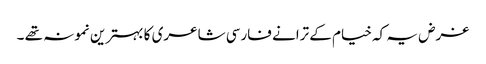
غرض یہ کہ خیام کے ترانے فارسی شاعری کا بہترین نمونہ تھے ۔